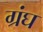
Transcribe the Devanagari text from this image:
ग्रंघ